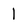
Character: 1